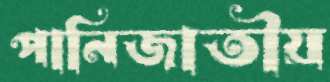
পানিজাতীয়